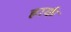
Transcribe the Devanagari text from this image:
हार्क